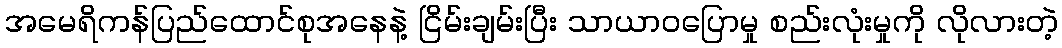
အမေရိကန်ပြည်ထောင်စုအနေနဲ့ ငြိမ်းချမ်းပြီး သာယာဝပြောမှု စည်းလုံးမှုကို လိုလားတဲ့